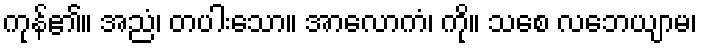
ကုန်၏။ အညံ၊ တပါးသော။ အာလောကံ၊ ကို။ သစေ လဘေယျာမ၊